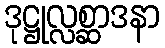
ဒုဋ္ဌုလ္လစ္ဆာဒနာ